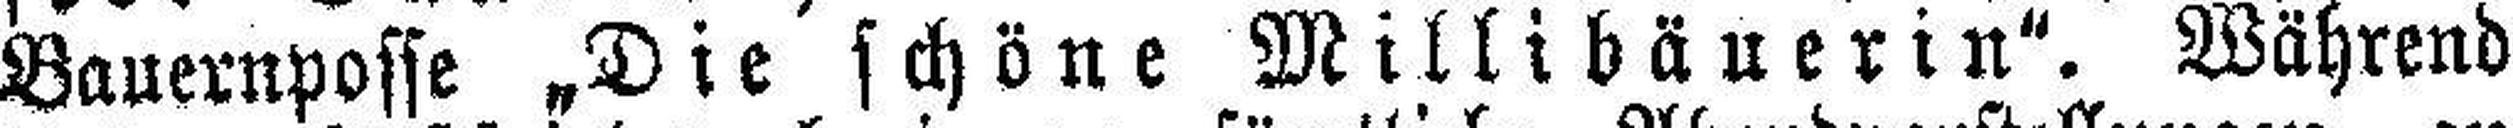
Bauernposse „Die schöne Millibäuerin". Während